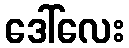
ဒေါ်လေး